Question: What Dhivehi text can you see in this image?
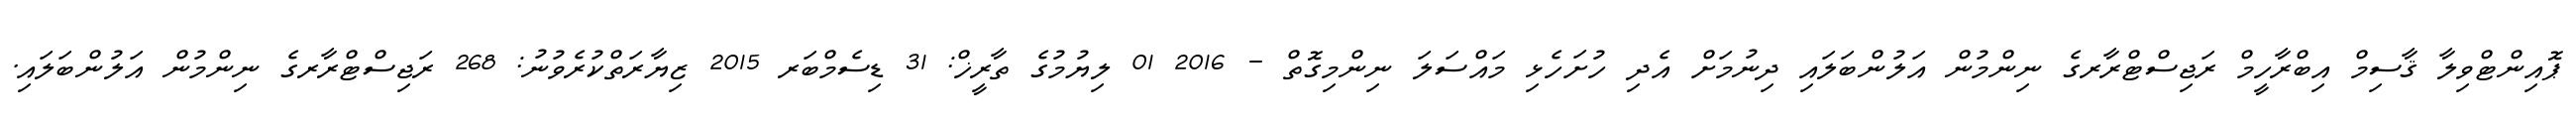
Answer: ޕޮއިންޓްވިލާ ޤާސިމް އިބްރާހީމް ރަޖިސްޓްރާރގެ ނިންމުން އަލުންބަލައި ދިނުމަށް އެދި ހުށަހެޅި މައްސަލަ ނިންމިގޮތް - 2016 01 ލިޔުމުގެ ތާރީޚް: 31 ޑިސެމްބަރ 2015 ޒިޔާރަތްކުރެވުނު: 268 ރަޖިސްޓްރާރގެ ނިންމުން އަލުންބަލައި.